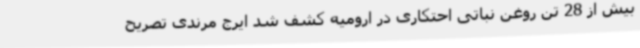
بیش از 28 تن روغن نباتی احتکاری در ارومیه کشف شد ایرج مرندی تصریح